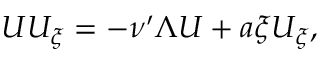
U U _ { \xi } = - \nu ^ { \prime } \Lambda U + a \xi U _ { \xi } ,